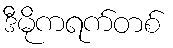
ဒီမိုကရက်တစ်